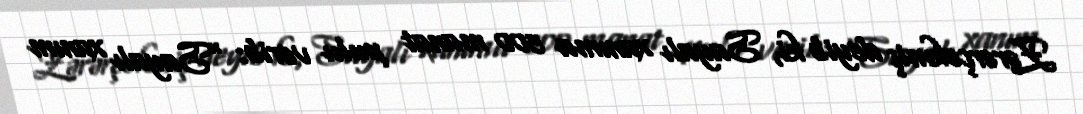
Zərərçəkmiş deyib ki, Sayalı xanıma 500 manat pulu verib: "Sayalı xanım